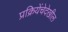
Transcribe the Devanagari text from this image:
प्रक्रियेंचेदेखील